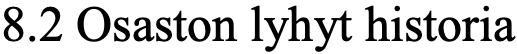
8.2 Osaston lyhyt historia